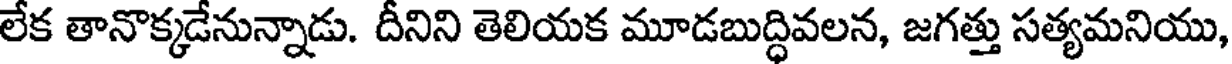
లేక తానొక్కడేనున్నాడు. దీనిని తెలియక మూడబుద్ధివలన, జగత్తు సత్యమనియు,